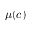
\mu ( c )